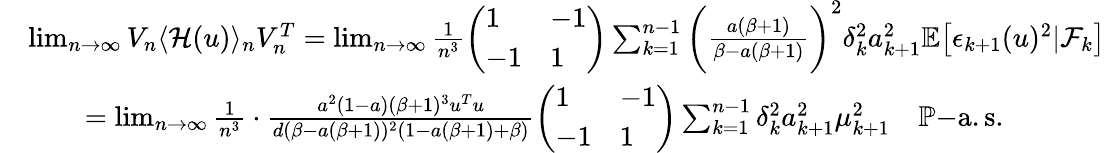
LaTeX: \begin{array}{rl}&{\operatorname*{lim}_{n\to\infty}V_{n}\langle\mathcal{H}(u)\rangle_{n}V_{n}^{T}=\operatorname*{lim}_{n\to\infty}\frac{1}{n^{3}}\left(\begin{array}{ll}{1}&{-1}\\ {-1}&{1}\end{array}\right)\sum_{k=1}^{n-1}\bigg(\frac{a(\beta+1)}{\beta-a(\beta+1)}\bigg)^{2}\delta_{k}^{2}a_{k+1}^{2}\mathbb{E}\big[\epsilon_{k+1}(u)^{2}|\mathcal{F}_{k}\big]}\\ &{\quad\quad=\operatorname*{lim}_{n\to\infty}\frac{1}{n^{3}}\cdot\frac{a^{2}(1-a)(\beta+1)^{3}u^{T}u}{d(\beta-a(\beta+1))^{2}(1-a(\beta+1)+\beta)}\left(\begin{array}{ll}{1}&{-1}\\ {-1}&{1}\end{array}\right)\sum_{k=1}^{n-1}\delta_{k}^{2}a_{k+1}^{2}\mu_{k+1}^{2}\quad\mathbb{P}\mathrm{-a.s.}}\end{array}